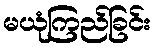
မယုံကြည်ခြင်း